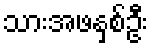
သားအဖနှစ်ဦး